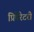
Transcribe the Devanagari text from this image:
प्रिपेरेटरी